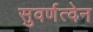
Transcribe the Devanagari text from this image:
सुवर्णत्वेन